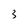
Character: 3